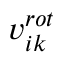
v _ { i k } ^ { r o t }